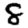
Digit: 8